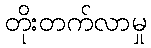
တိုးတက်လာမှု